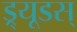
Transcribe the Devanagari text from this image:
ड्र्यूडस्